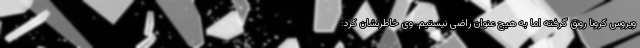
ویروس کرونا رونق گرفته اما به هیچ عنوان راضی نیستیم. وی خاطرنشان کرد: